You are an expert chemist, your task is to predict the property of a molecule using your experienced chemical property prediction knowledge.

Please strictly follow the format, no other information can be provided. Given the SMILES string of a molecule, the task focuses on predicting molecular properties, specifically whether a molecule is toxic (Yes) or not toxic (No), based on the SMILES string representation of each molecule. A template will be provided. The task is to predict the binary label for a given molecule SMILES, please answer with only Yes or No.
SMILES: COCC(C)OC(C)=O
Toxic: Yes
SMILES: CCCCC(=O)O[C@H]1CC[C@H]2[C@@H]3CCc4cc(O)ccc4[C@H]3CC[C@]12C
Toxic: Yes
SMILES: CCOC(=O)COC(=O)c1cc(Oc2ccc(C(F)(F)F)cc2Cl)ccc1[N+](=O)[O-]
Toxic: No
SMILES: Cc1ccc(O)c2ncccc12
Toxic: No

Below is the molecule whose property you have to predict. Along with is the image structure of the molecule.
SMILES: CC(=O)NCc1c(I)c(NC(C)=O)c(I)c(C(=O)O)c1I
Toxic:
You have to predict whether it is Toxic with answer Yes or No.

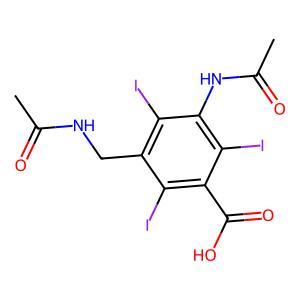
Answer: No